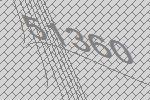
51360